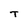
Character: T